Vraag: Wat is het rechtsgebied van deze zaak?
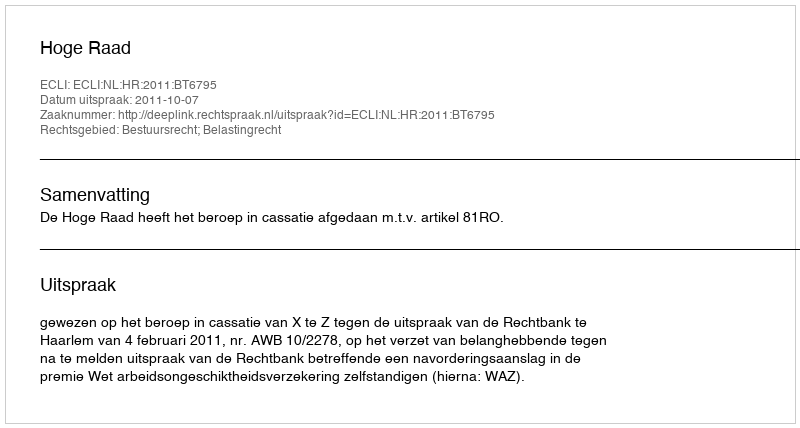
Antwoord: Bestuursrecht; Belastingrecht